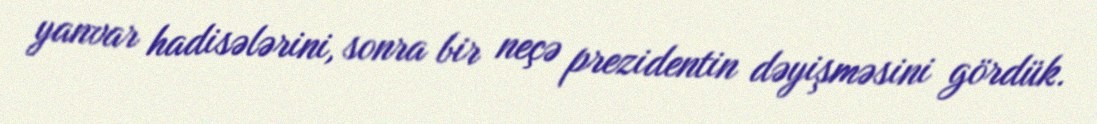
yanvar hadisələrini, sonra bir neçə prezidentin dəyişməsini gördük.